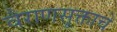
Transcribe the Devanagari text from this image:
वैराणसूक्ताचे